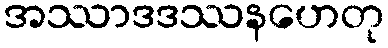
အဿာဒဒဿနဟေတု